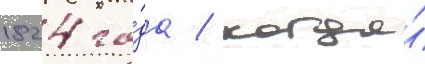
1824 го́да / когда́